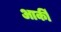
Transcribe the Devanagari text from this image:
आर्की